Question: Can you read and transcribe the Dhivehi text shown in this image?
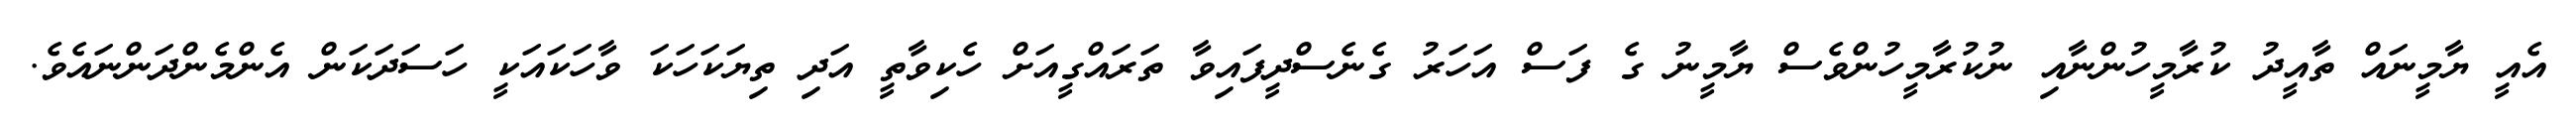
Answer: އެއީ ޔާމީނައް ތާއީދު ކުރާމީހުންނާއި ނުކުރާމީހުންވެސް ޔާމީނު ގެ ފަސް އަހަރު ގެނެސްދީފައިވާ ތަރައްގީއަށް ހެކިވާތީ އަދި ތިޔަކަހަކަ ވާހަކައަކީ ހަސަދަކަން އެންމެންދަންނައެވެ.